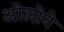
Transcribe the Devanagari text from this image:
ओलोये